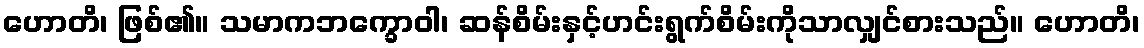
ဟောတိ၊ ဖြစ်၏။ သမာကဘက္ခောဝါ၊ ဆန်စိမ်းနှင့်ဟင်းရွက်စိမ်းကိုသာလျှင်စားသည်။ ဟောတိ၊